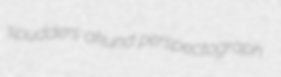
spudders akund perspectograph